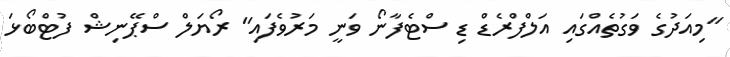
"މިއަދުގެ ވަގުތެއްގައި އަލްފްރެޑް ޑި ސްޓެފާނޯ ވަނީ މަރުވެފައި" ރޯޔަލް ސްޕޭނިޝް ފުޓްބޯޅަ